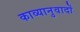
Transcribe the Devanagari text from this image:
काव्यानुवादों